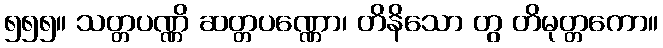
၅၅၅။ သတ္တပဏ္ဏိ ဆတ္တပဏ္ဏော၊ တိနိသော တွ တိမုတ္တကော။